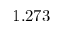
1 . 2 7 3